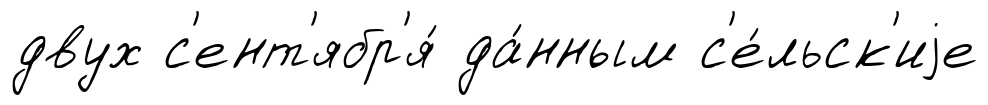
двух с'ент'ябр'я́ да́нным с'е́льск'иjе